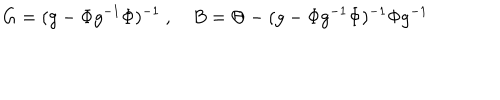
G = ( g - \Phi g ^ { - 1 } \Phi ) ^ { - 1 } \ , \quad B = \Theta - ( g - \Phi g ^ { - 1 } \Phi ) ^ { - 1 } \Phi g ^ { - 1 }